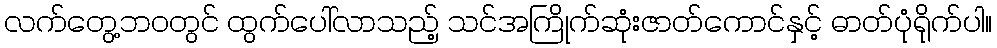
လက်တွေ့ဘ၀တွင် ထွက်ပေါ်လာသည့် သင်အကြိုက်ဆုံးဇာတ်ကောင်နှင့် ဓာတ်ပုံရိုက်ပါ။